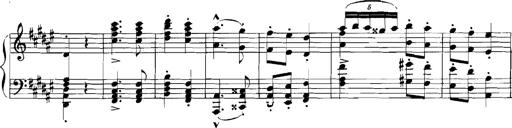
Title: Rhapsodies hongroises
Composer: Franz Liszt